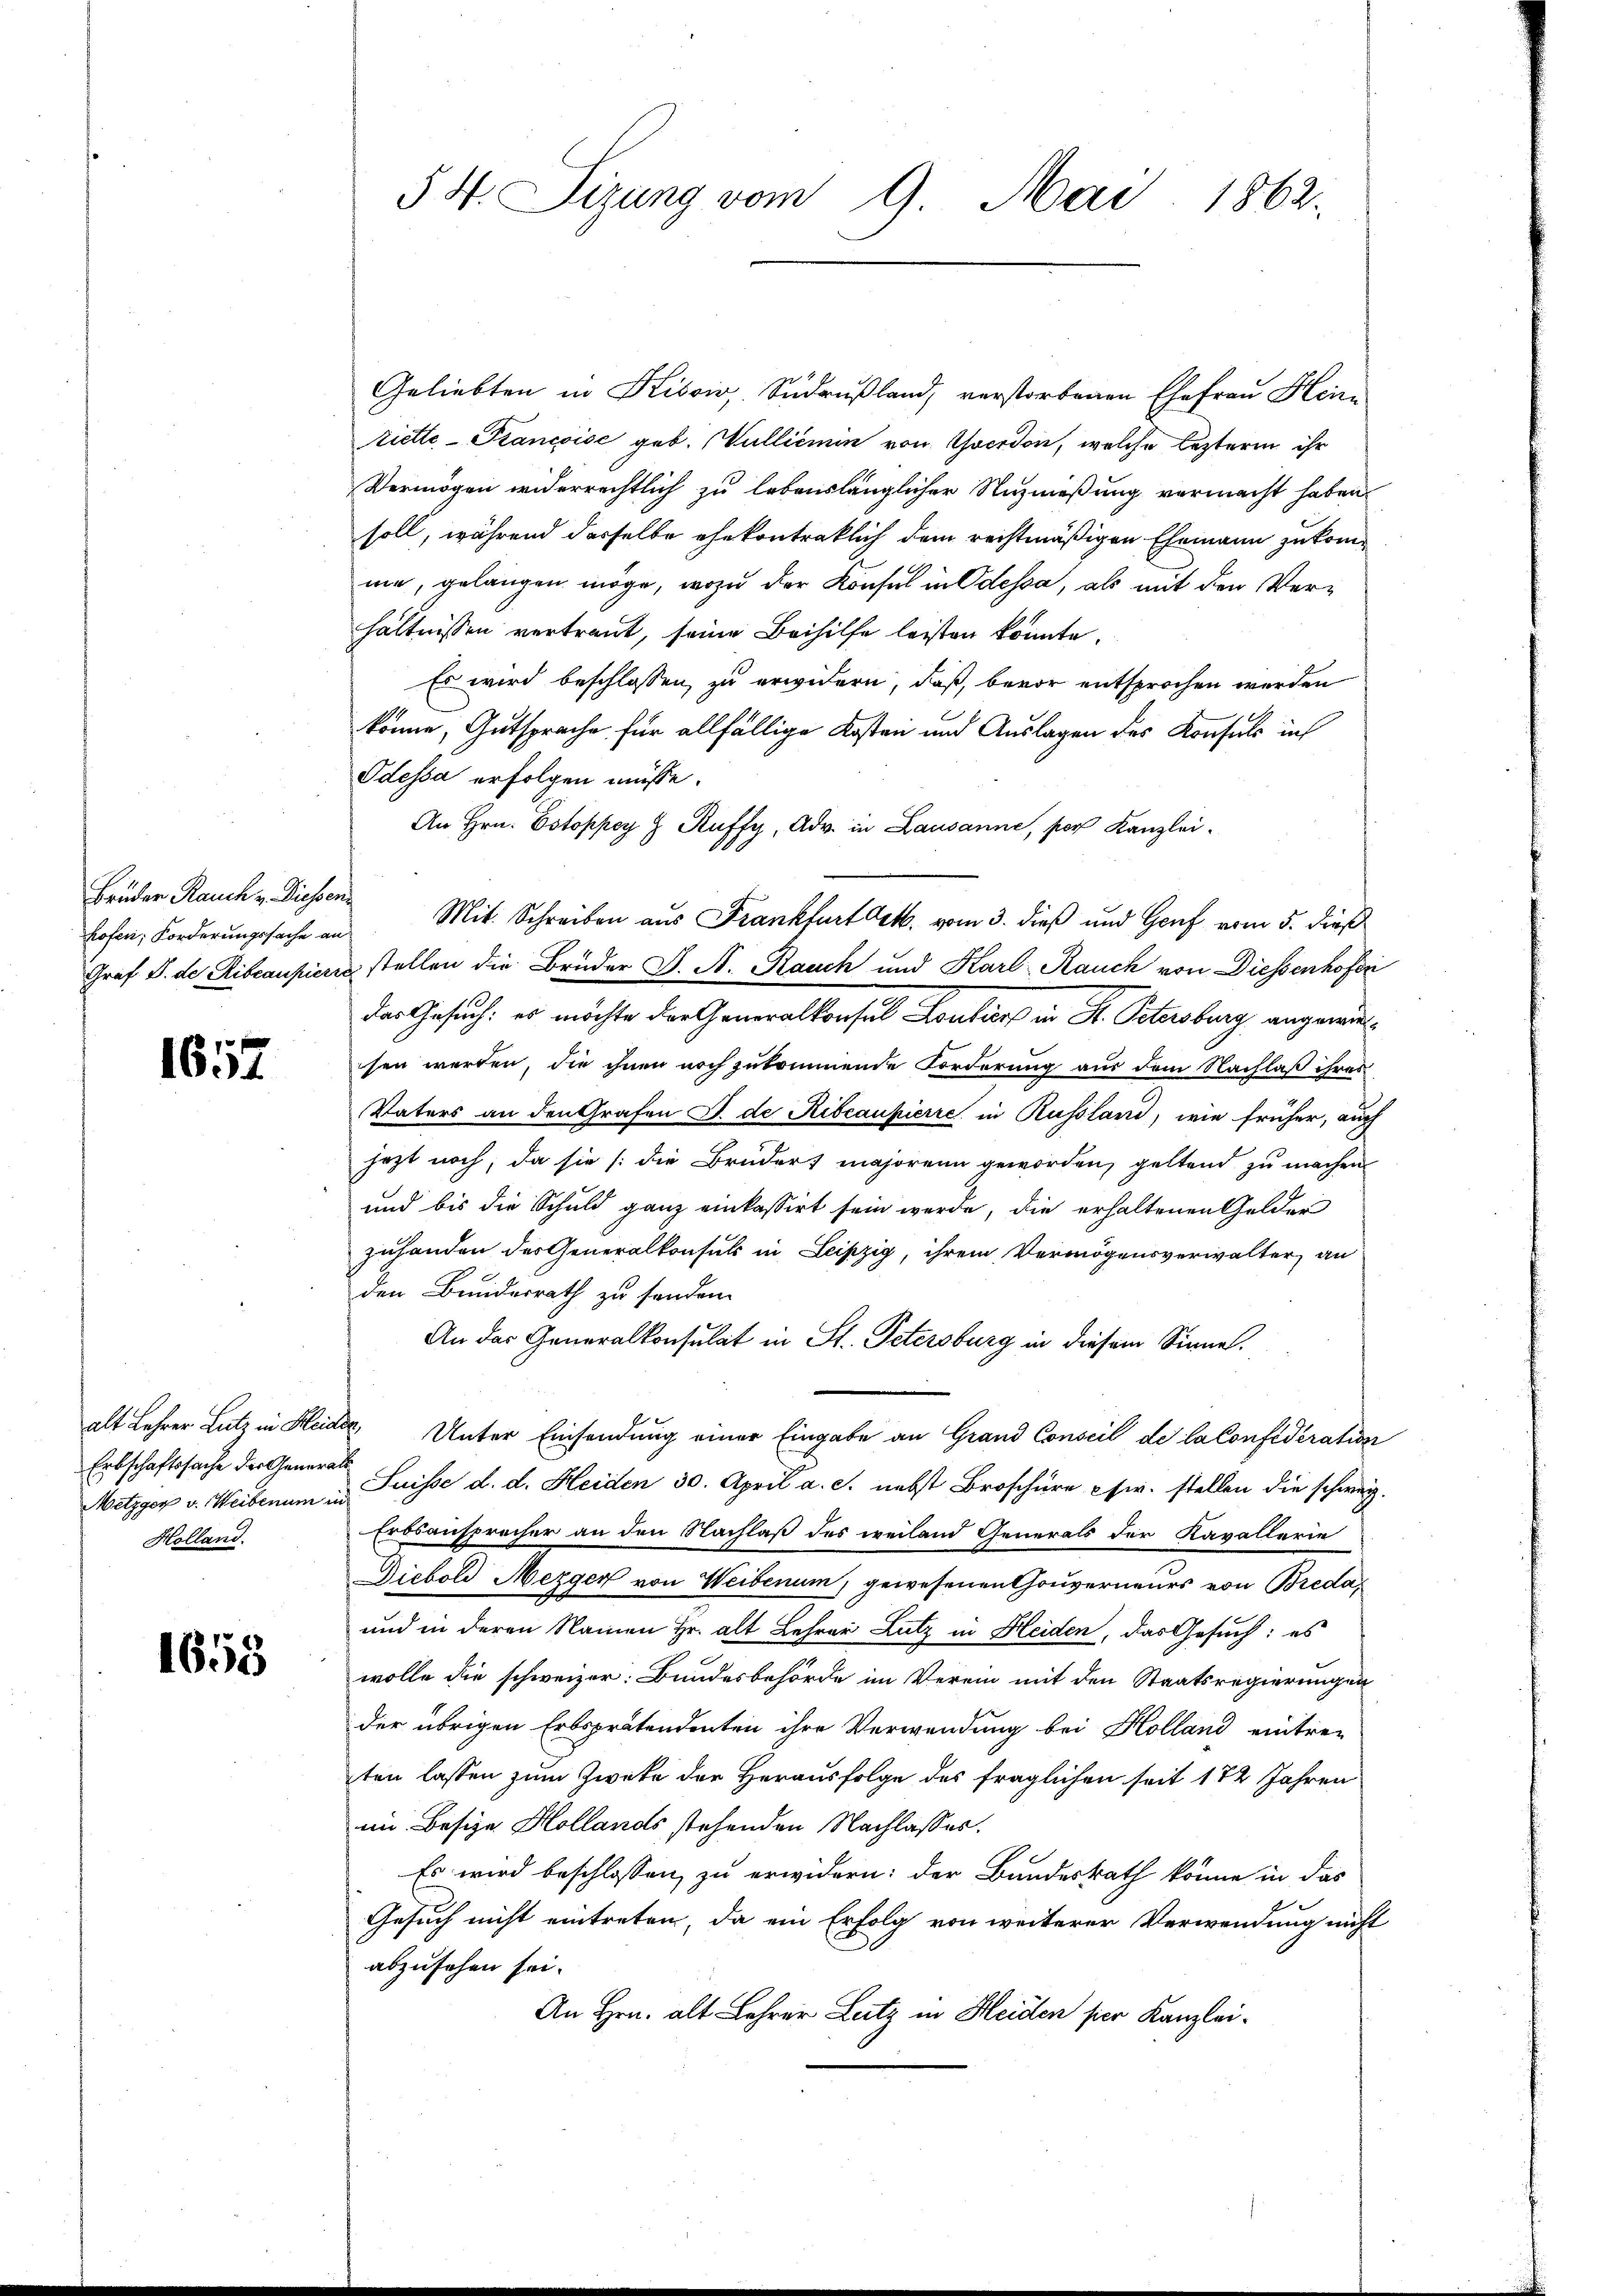
Brüder Rauch v. Diessen

1652

Erbschaftssache der Generals
Metzger v. Weibenum in
Holland.

1658

Geliebten in Kissiv, Sudrußland, verstorbenen Ehefrau Hein
riette-Francoise geb. Vullienin von Yverdon, welche lezteren ihr
Vermögen widerrechtlich zu lebenslänglicher Nuznaßung vermacht haben,
soll, während dasselbe ehekontraklich dem rechtmäßigen Ehemann zukomme, gelangen möge, wozu der Konsul in Odessa, als mit den Verhältnissen vertraut, seine Beihilfe leisten konnte.
Es wird beschlossen zu erwidern, daß, bevor entsprochen werden
könne, Gutsprache für allfällige Kosten und Auslagen des Konsuls in
Odessa erfolgen müsse.
An Hrn. Estoppey  Ruffy, Adv. in Lausanne, por Kanzleihofen, Forderŭngssache an Mit Schreiben aus Frankfurt Oct. vom 3. dieß und Genf vom 5. dieß
Graf S. der Ribcaupiers stellen die Brüder J. A. Rauch und Karl Rauch von Diessenhofer
das Gesuch: es möchte der Generalkonsul Konkurs in Fr. Petersburg angewiesen werden, die ihnen noch zukommende Forderung aus dem Nachlaß ihres
Vaters an den Grafen J. de Ribcaupierre in Russland, wie früher, auch
jezt noch, da sie /: die Brudert majorenn geworden, geltend zu machen
und bis die Schuld ganz einkassirt sein werde, die erhaltenen Gelder
zuhanden des Generalkonsuls in Leipzig, ihrem Vermögensverwalter, an
den Bunderrath zu sonden.
An das Generalkonsulat in St. Petersburg in diesem Sinne.
alt Lehrer Lutz in Heider Unter Einsendung einer Eingabe an Grand Conseil de la Confideration
Suisse d. d. Heiden 30. April a. c. nebst Broschüre cir. stellen die schweiz.
Erbsanspracher an den Nachlaß des weilend Generals der Kavallerie
Diebold Mezger von Weibenum, gewesenen Gouverneurs von Breda¬
und in deren Namen Hr. alt Lehrer Lutz in Kleiden, das Gesuch: es
wolle die schweizer: Bundesbehörde im Verein mit den Staatsregierungen
der übrigen Erbsprätendenten ihre Verwendung bei Holland eintre-
ten lassen zum Zweke der Herausfolge des fraglichen seit 172 Jahren
im Besize Hollands stehenden Nachlasses.
Es wird beschlossen, zu erwidern: der Bundesrath könne in das
Gesuch nicht eintreten, da ein Erfolg von weiterer Verwendung nicht
abzusehen sei.
An Hrn. alt Lehrer Lutz in Heiden hier Kanzlei-

54. Sizung vom 9. Mai 1862.